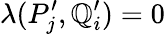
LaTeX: \lambda(P_{j}^{\prime},\mathbb{Q}_{i}^{\prime})=0